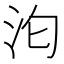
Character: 𭯻